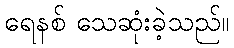
ရေနစ် သေဆုံးခဲ့သည်။